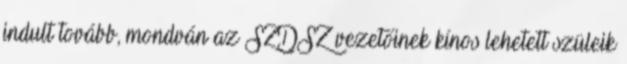
indult tovább, mondván az SZDSZ vezetőinek kínos lehetett szüleik